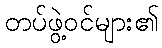
တပ်ဖွဲ့ဝင်များ၏